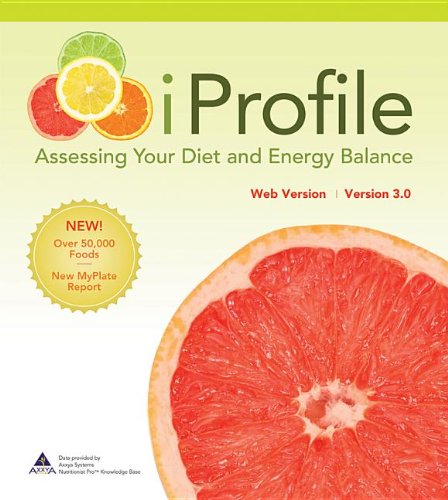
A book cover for Password Card to access iProfile 3.0; Lori A. Smolin; Medical Books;